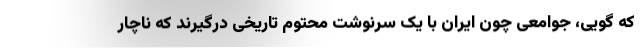
که گویی، جوامعی چون ایران با یک سرنوشت محتوم تاریخی درگیرند که ناچار